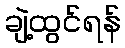
ချဲ့ထွင်ရန်